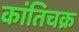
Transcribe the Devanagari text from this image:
कांतिचक्र